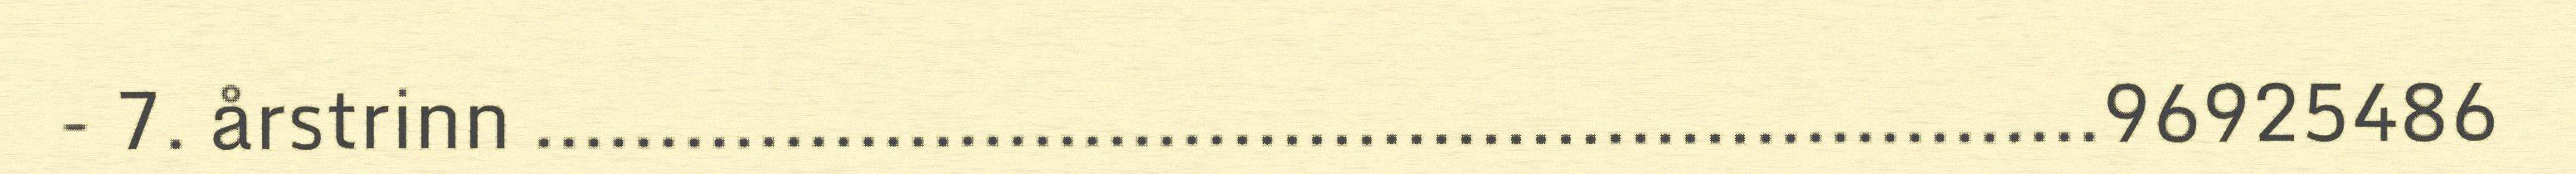
- 7. årstrinn ...............................................................96925486